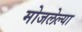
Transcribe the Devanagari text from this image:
मोजलेल्या